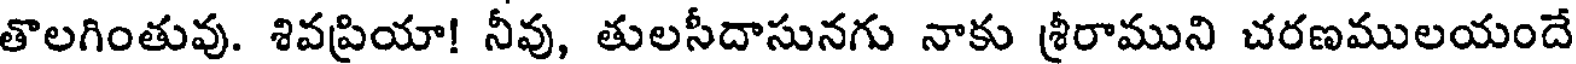
తొలగింతువు. శివప్రియా! నీవు, తులసీదాసునగు నాకు శ్రీరాముని చరణములయందే